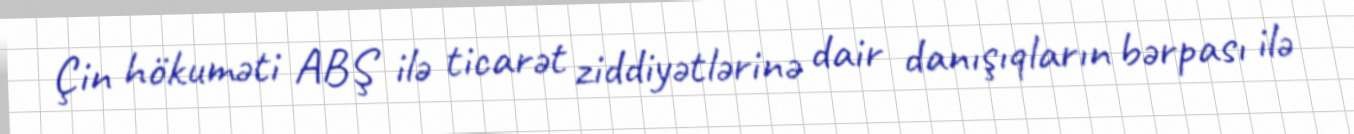
Çin hökuməti ABŞ ilə ticarət ziddiyətlərinə dair danışıqların bərpası ilə